Trukikaitis_Postimees, lk 188
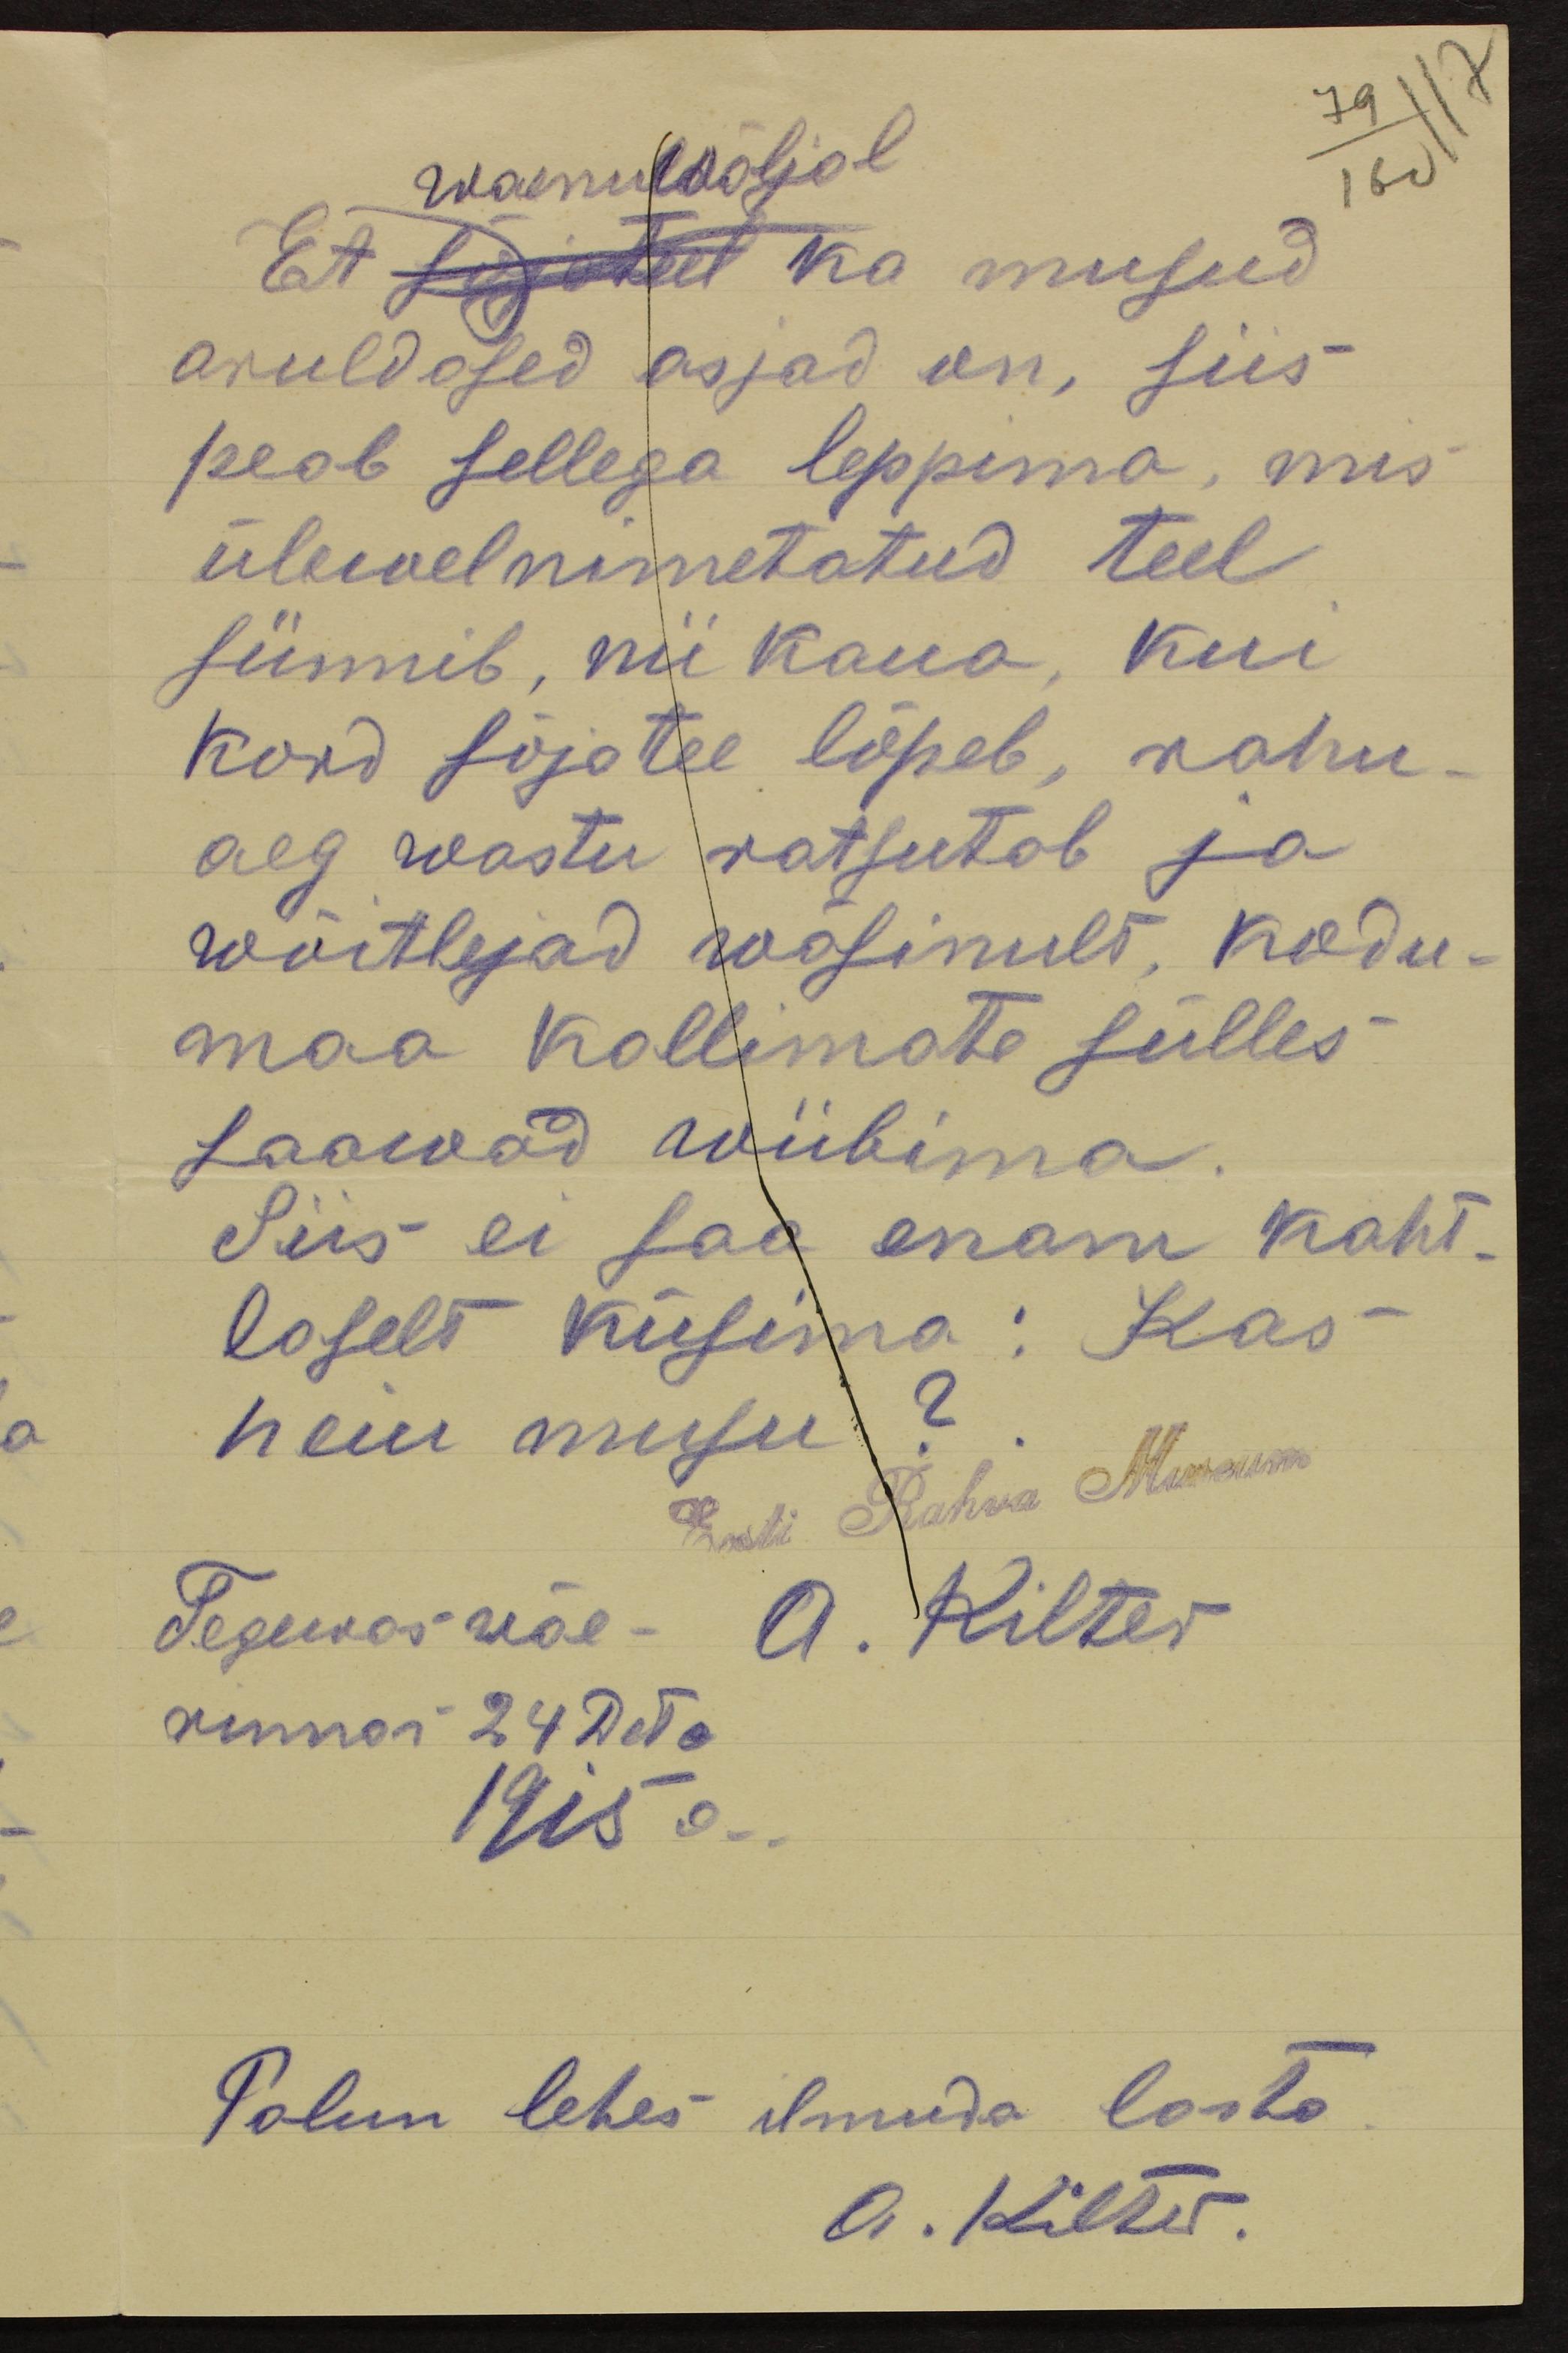
79 117
waenuwäljal
160
Et saadet ka musud
aruldused asjad on, siis
peab sellega leppima, mis
ülewalnimetatud teel
sünnib, nii kaua, kui
kord sõjatee lõpeb, rahu.
aeg wastu ratsutab ja
wõitlejad wäsinult, kodu-
maa kallimate sülles
saawad wiibima
Siis ei saa enam kaht-
laselt küsima: Kas
neiu musu?
Eesti Rahva Muuseum
Tegewas wäe- A. Kilter
rinnas 24 Dets.
1915 a.
Palun lehes ilmuda lasta.
A. Kilter.